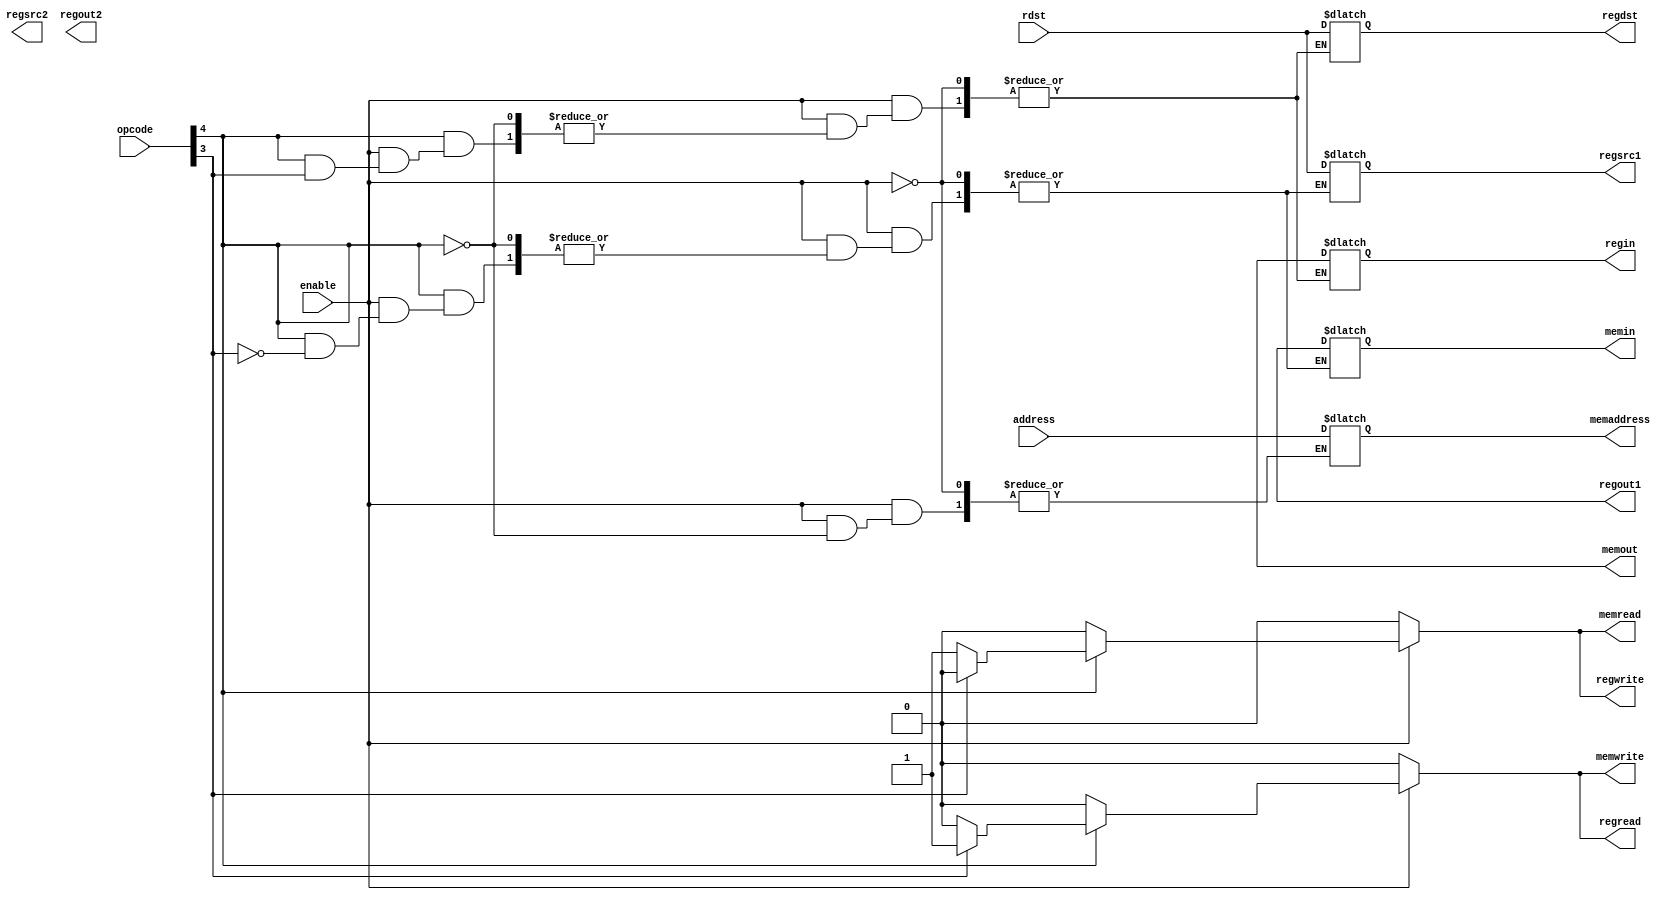
module loadstore(opcode, rdst, address, enable,
			regsrc1, regout1, regsrc2, regout2, regdst, regin, regread, regwrite,
			memaddress, memin, memout, memread, memwrite
			);
input enable;
input [4:0] opcode, rdst;
input [21:0] address;

output reg regread, regwrite, memread, memwrite;
output reg [4:0] regsrc1, regsrc2, regdst;
output reg [21:0] memaddress;
output reg [31:0] regout1, regout2, regin, memin, memout;

/* reg regread, regwrite, memread, memwrite; */
/* reg [4:0] regsrc1, regsrc2, regdst; */
/* reg [21:0] memaddress; */
/* reg [31:0] regout1, regout2, regin, memin, memout; */

always @(*) begin
	regwrite=1'b0;
	regread=1'b0;
	memread=1'b0;
	memwrite=1'b0;
	if (enable) begin
		if (opcode[4]) begin
			if (opcode[3]) begin
				regsrc1=rdst;
				regread=1'b1;
				memaddress=address;
				memin=regout1;
				memwrite=1'b1;
			end
			else begin
				memaddress=address;
				memread=1'b1;
				regdst=rdst;
				regin=memout;
				regwrite=1'b1;
			end
		end
	end
end
endmodule